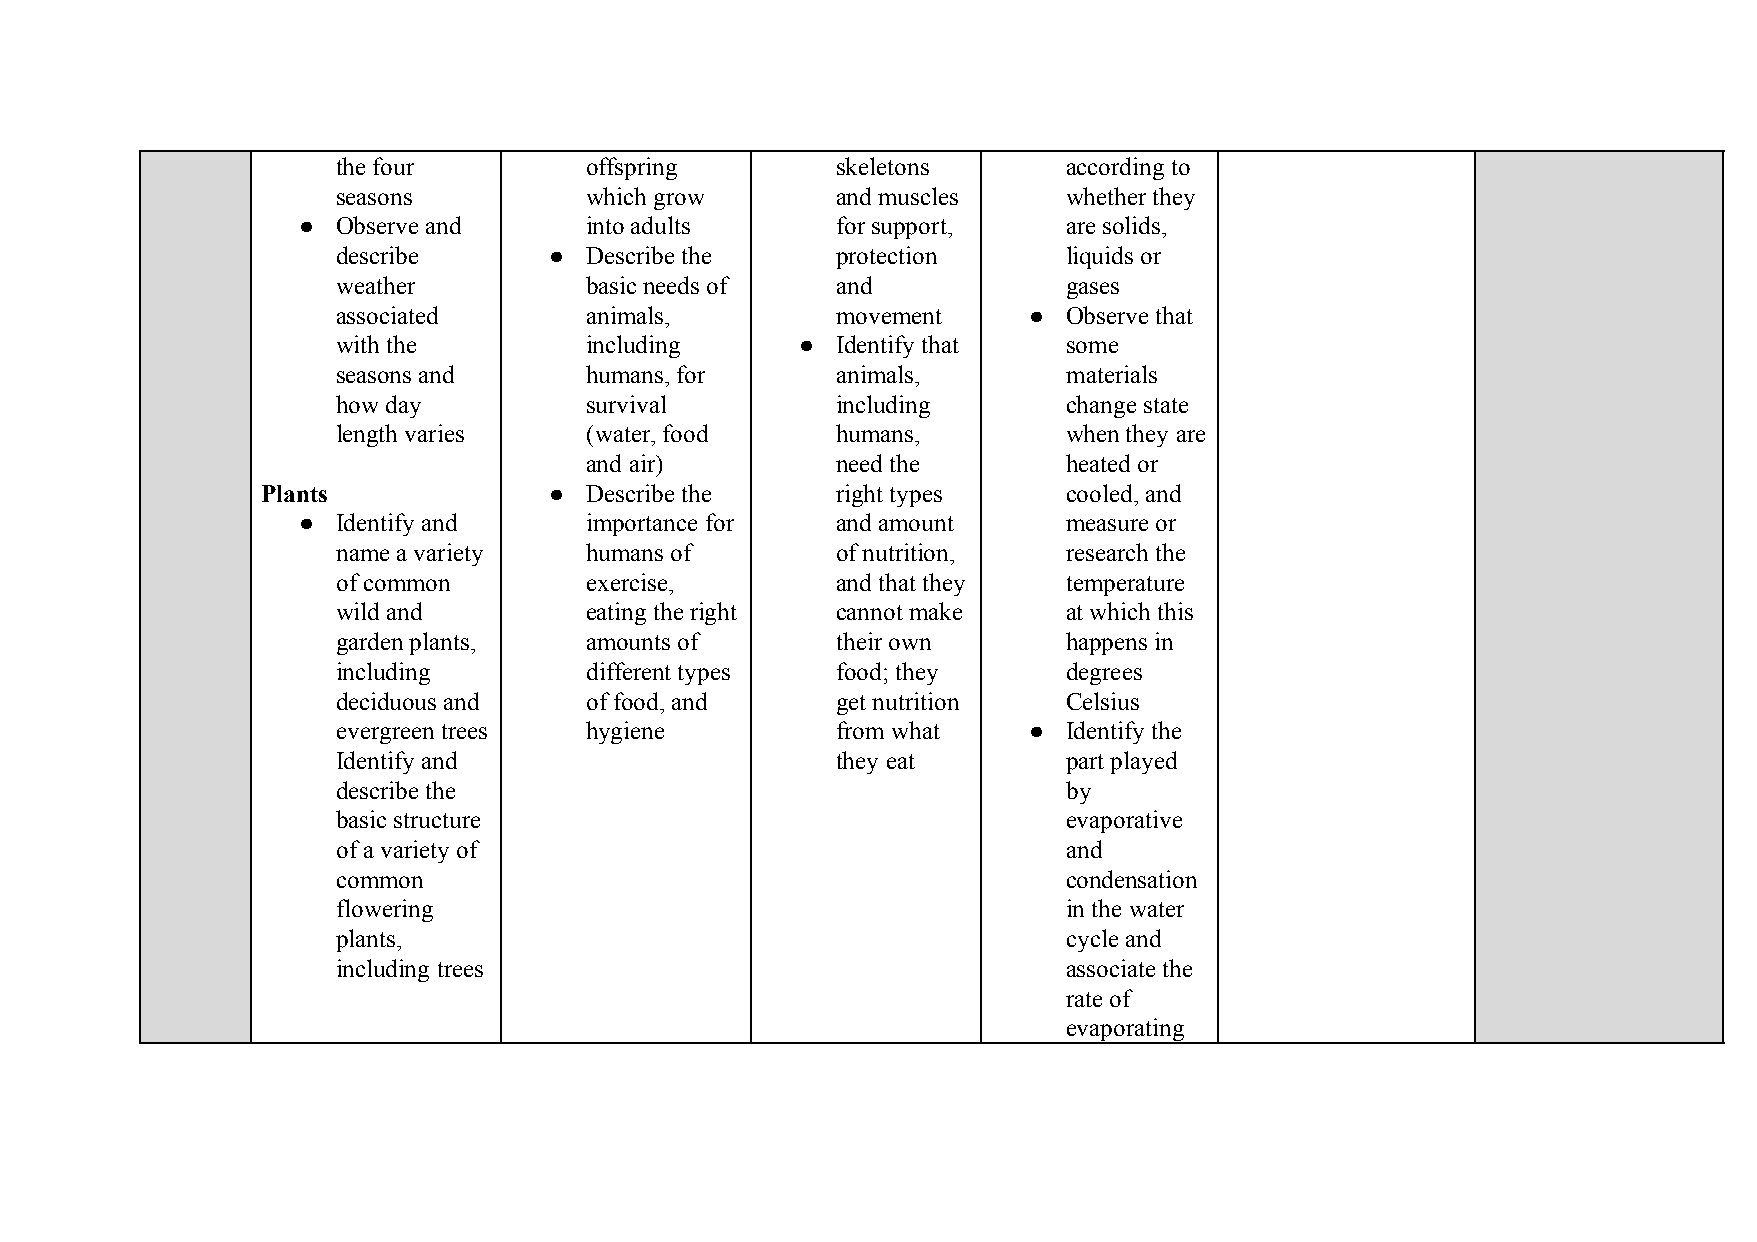
the four         offspring       skeletons       according to
 seasons          which grow      and muscles     whether they
 ● Observe and      into adults     for support,    are solids,
 describe      ●  Describe the    protection      liquids or
 weather          basic needs of  and             gases
 associated       animals,        movement     ●  Observe that
 with the         including     ● Identify that   some
 seasons and      humans, for     animals,        materials
 how day          survival        including       change state
 length varies    (water, food    humans,         when they are
 and air)        need the        heated or
 Plants             ●  Describe the    right types     cooled, and
 ● Identify and     importance for  and amount      measure or
 name a variety   humans of       of nutrition,   research the
 of common        exercise,       and that they   temperature
 wild and         eating the right cannot make    at which this
 garden plants,   amounts of      their own       happens in
 including        different types food; they      degrees
 deciduous and    of food, and    get nutrition   Celsius
 evergreen trees  hygiene         from what    ●  Identify the
 Identify and                     they eat        part played
 describe the                                     by
 basic structure                                  evaporative
 of a variety of                                  and
 common                                           condensation
 flowering                                        in the water
 plants,                                          cycle and
 including trees                                  associate the
 rate of
 evaporating